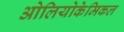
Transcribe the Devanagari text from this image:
ओलियोकेमिकल